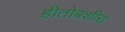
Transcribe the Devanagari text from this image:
हीतोबशीरा